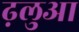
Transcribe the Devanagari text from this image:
ढ़लुआ